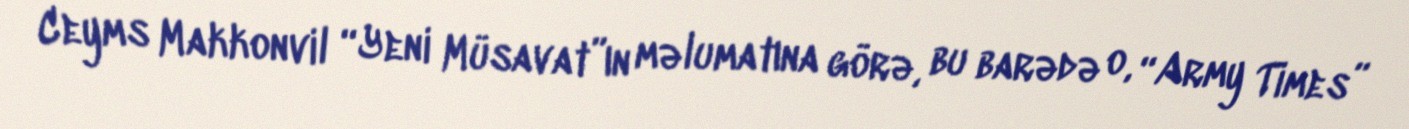
Ceyms Makkonvil “Yeni Müsavat”ın məlumatına görə, bu barədə o, “Army Times”